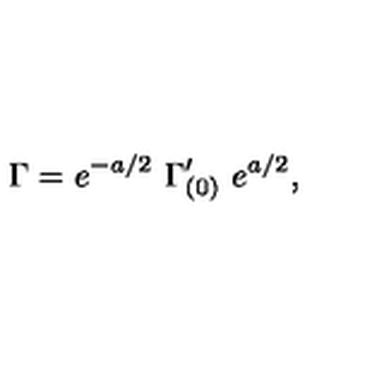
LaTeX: \Gamma = e ^ { - a / 2 } \ \Gamma _ { ( 0 ) } ^ { \prime } \ e ^ { a / 2 } ,